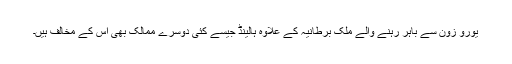
يورو زون سے باہر رہنے والے ملک برطانيہ کے علاوہ ہالينڈ جيسے کئی دوسرے ممالک بھی اس کے مخالف ہيں۔